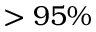
> 9 5 \%